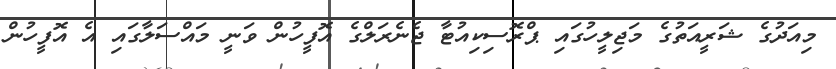
މިއަދުގެ ޝަރީއަތުގެ މަޖިލީހުގައި ޕްރޮސިކިއުޓާ ޖެނެރަލްގެ އޮފީހުން ވަނީ މައްސަލާގައި އެ އޮފީހުން